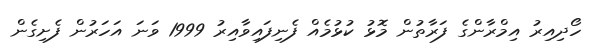
ހޯދިއިރު އިމްރާންގެ ފަރާތުން މޮޅު ކުޅުމެއް ފެނިފައިވާއިރު 1999 ވަނަ އަހަރުން ފެށިގެން